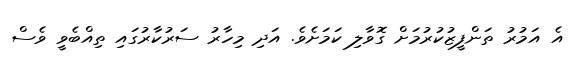
އެ އަމުރު ތަންފީޒުކުރުމަށް ގޮވާލި ކަމަށެވެ. އަދި މިހާރު ސަރުކާރުގައި ތިއްބެވީ ވެސް